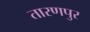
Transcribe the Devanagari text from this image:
तारणपुर